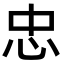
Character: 忠